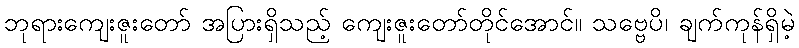
ဘုရားကျေးဇူးတော် အပြားရှိသည့် ကျေးဇူးတော်တိုင်အောင်။ သဗ္ဗေပိ၊ ချက်ကုန်ရှိမဲ့